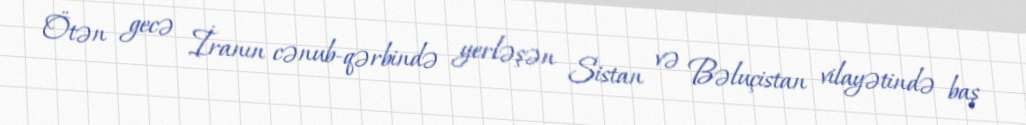
Ötən gecə İranın cənub-qərbində yerləşən Sistan və Bəluçistan vilayətində baş